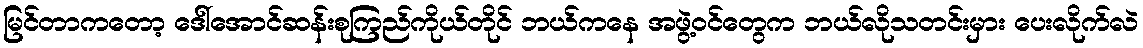
မြင်တာကတော့ ဒေါ်အောင်ဆန်းစုကြည်ကိုယ်တိုင် ဘယ်ကနေ အဖွဲ့ဝင်တွေက ဘယ်လိုသတင်းမှား ပေးလိုက်လဲ